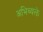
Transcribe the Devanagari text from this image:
अभिव्यक्ते